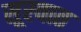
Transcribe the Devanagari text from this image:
सूरवात